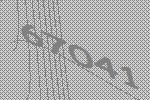
67041